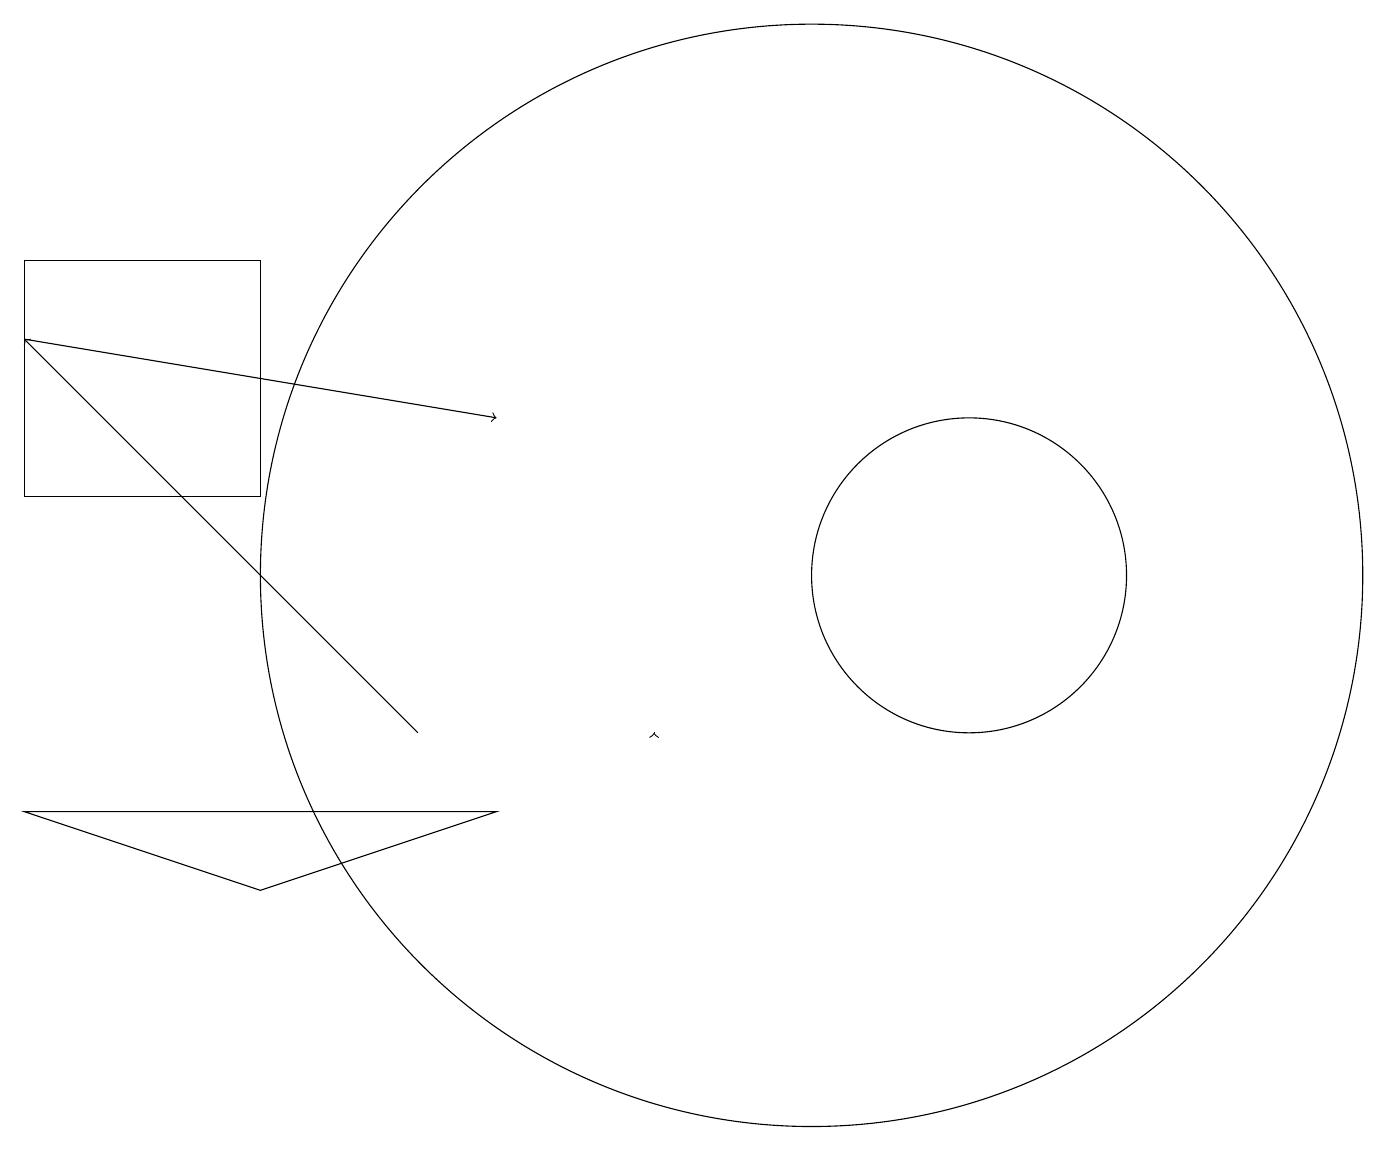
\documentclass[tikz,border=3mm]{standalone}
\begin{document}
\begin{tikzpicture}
\draw (12,12) circle (2);
\draw (3,8) -- (6,9) -- (0,9) -- cycle;
\draw[->] (0,15) -- (6,14);
\draw[->] (8,10) -- (8,10);
\draw (3,13) rectangle (0,16);
\draw[->] (5,10) -- (0,15);
\draw (10,12) circle (7);
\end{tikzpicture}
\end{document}